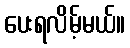
ပေးရလိမ့်မယ်။